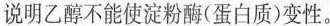
说明乙醇不能使淀粉酶(蛋白质)变性。